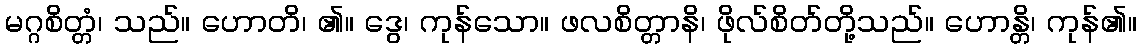
မဂ္ဂစိတ္တံ၊ သည်။ ဟောတိ၊ ၏။ ဒွေ၊ ကုန်သော။ ဖလစိတ္တာနိ၊ ဖိုလ်စိတ်တို့သည်။ ဟောန္တိ၊ ကုန်၏။